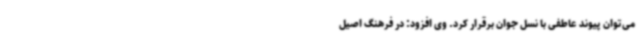
می‌توان پیوند عاطفی با نسل جوان برقرار کرد. وی افزود: در فرهنگ اصیل